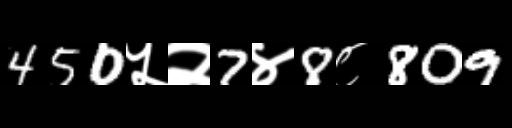
Text: 450५२7४8८809